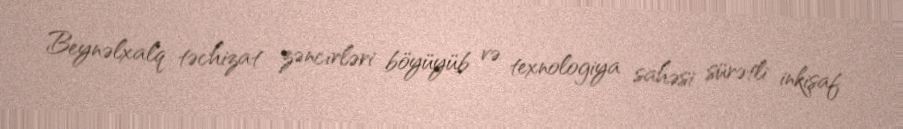
Beynəlxalq təchizat zəncirləri böyüyüb və texnologiya sahəsi sürətli inkişaf